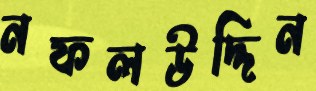
নফলউদ্দিন